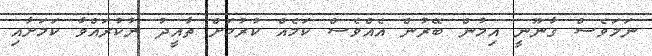
ނަމަވެސް ގާނޫނީ އިމުން ބޭރުން އެއްވެސް ކަމެއް ކުރުމަށް ތާއީދު ނުކުރައްވާ ކަމަށާއި